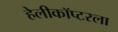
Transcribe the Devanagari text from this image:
हेलीकॉप्टरला